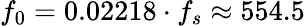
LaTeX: f_{0}=0.02218\cdot f_{s}\approx 554.5